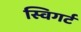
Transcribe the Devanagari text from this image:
स्विगर्ट